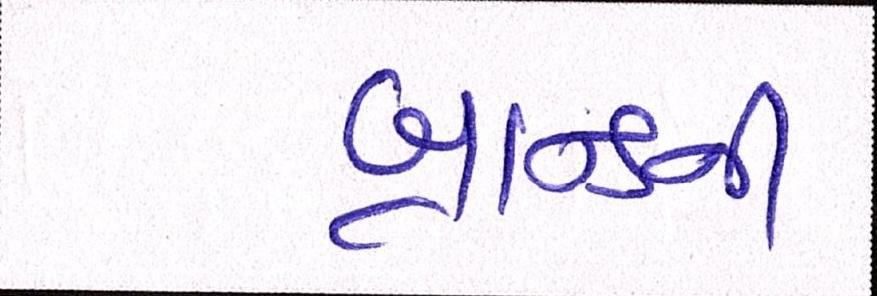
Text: બ્રાન્ડની